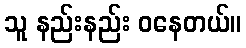
သူ နည်းနည်း ဝနေတယ်။